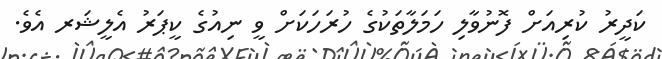
ކަދީރު ކުރިއަށް ފޮނުވާލި ހަމަލާތަކުގެ ހުރަހަކަށް ވީ ނިއުގެ ކީޕަރު އެލީޝަރ އެވެ.